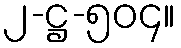
၂-ဋ္ဌ-၅၀၄။